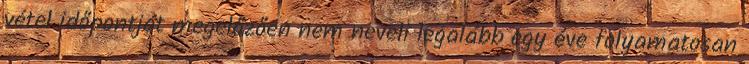
vétel időpontját megelőzően nem neveli legalább egy éve folyamatosan